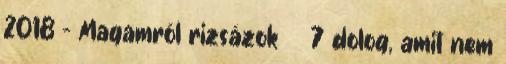
2018 - Magamról rizsázok 7 dolog, amit nem